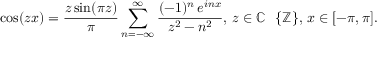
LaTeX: \cos ( z x ) = { \frac { z \sin ( \pi z ) } { \pi } } \displaystyle \sum _ { n = - \infty } ^ { \infty } { \frac { ( - 1 ) ^ { n } \, e ^ { i n x } } { z ^ { 2 } - n ^ { 2 } } } , \, z \in \mathbb { C } \setminus \{ \mathbb { Z } \} , \, x \in [ - \pi , \pi ] .